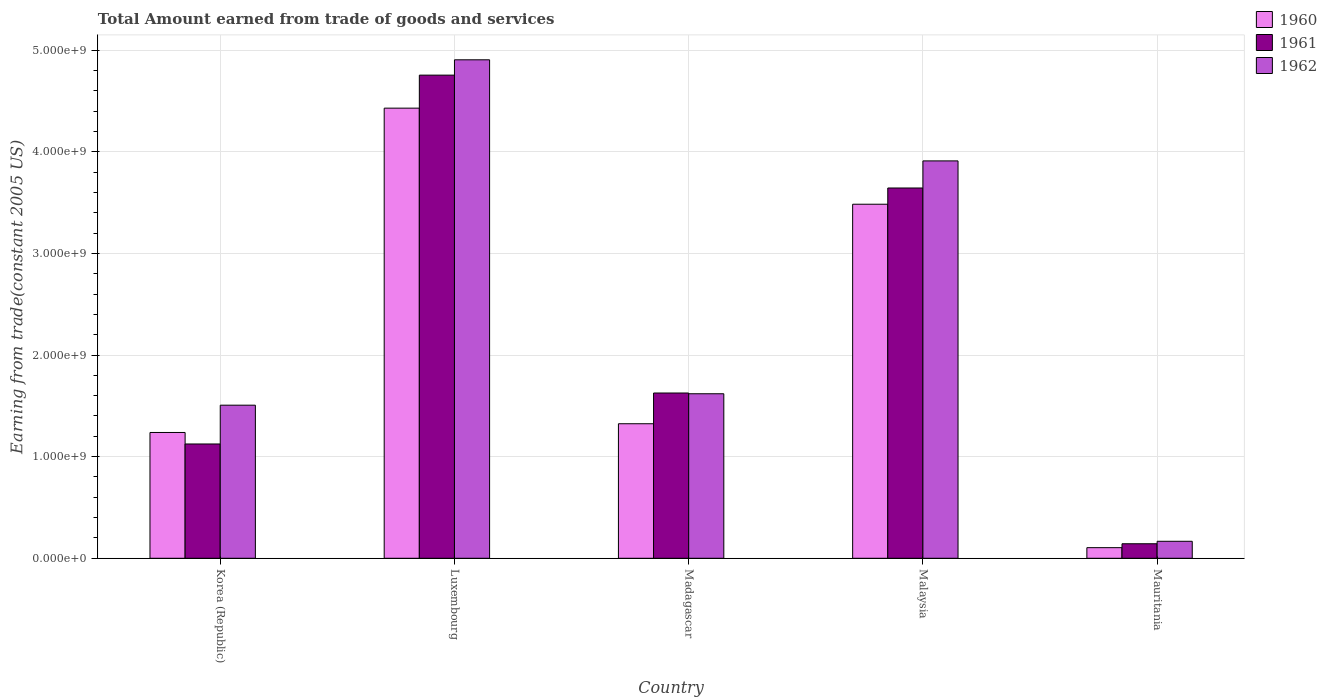
| Country | 1960 | 1961 | 1962 |
 | --- | --- | --- | --- |
 | Korea (Republic) | 1.24e+09 | 1.12e+09 | 1.51e+09 |
 | Luxembourg | 4.43e+09 | 4.75e+09 | 4.9e+09 |
 | Madagascar | 1.32e+09 | 1.63e+09 | 1.62e+09 |
 | Malaysia | 3.48e+09 | 3.64e+09 | 3.91e+09 |
 | Mauritania | 1.04e+08 | 1.43e+08 | 1.67e+08 |